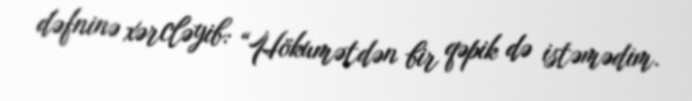
dəfninə xərcləyib: “Hökumətdən bir qəpik də istəmədim.